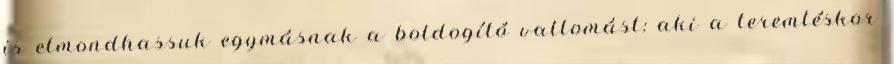
is elmondhassuk egymásnak a boldogító vallomást: aki a teremtéskor